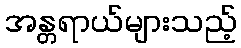
အန္တရာယ်များသည့်